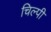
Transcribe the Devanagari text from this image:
चिल्पी